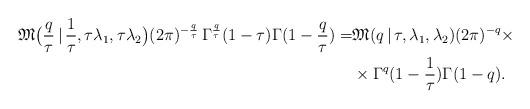
LaTeX: \begin{align*}\mathfrak{M}\bigl(\frac{q}{\tau}\,|\,\frac{1}{\tau},\tau\lambda_1,\tau\lambda_2\bigr) (2\pi)^{-\frac{q}{\tau}}\,\Gamma^{\frac{q}{\tau}}(1-\tau) \Gamma(1-\frac{q}{\tau}) = &\mathfrak{M}(q\,|\,\tau,\lambda_1,\lambda_2) (2\pi)^{-q} \times \\ & \times \Gamma^{q}(1-\frac{1}{\tau}) \Gamma(1-q).\end{align*}